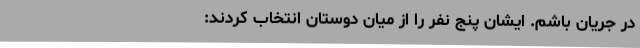
در جریان ‌باشم‌. ایشان‌ پنج‌ نفر را از میان‌ دوستان‌ انتخاب‌ کردند: